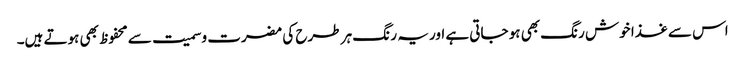
اس سے غذا خوش رنگ بھی ہو جاتی ہے اور یہ ر نگ ہر طرح کی مضرت وسمیت سے محفوظ بھی ہوتے ہیں۔